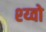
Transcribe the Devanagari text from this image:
श्य्वो